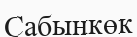
Сабынкөк